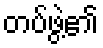
တပ်ဖွဲ့၏